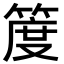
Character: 𥯖